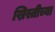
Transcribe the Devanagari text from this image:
ख्रिस्तीच्या